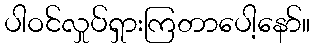
ပါဝင်လှုပ်ရှားကြတာပေါ့နော်။